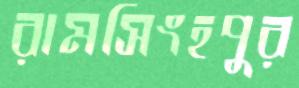
রামসিংহপুর